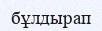
бұлдырап